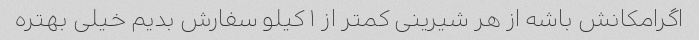
اگرامکانش باشه از هر شیرینی کمتر از ١ کیلو سفارش بدیم خیلی بهتره